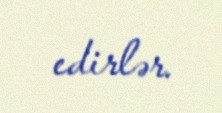
edirlər.